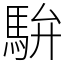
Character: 䮁